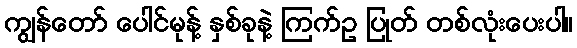
ကျွန်တော် ပေါင်မုန့် နှစ်ခုနဲ့ ကြက်ဥ ပြုတ် တစ်လုံးပေးပါ။